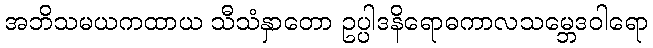
အဘိသမယကထာယ သီသံနှာတော ဥပ္ပါဒနိရောဓကာလသမ္ဘေဒဝါရော